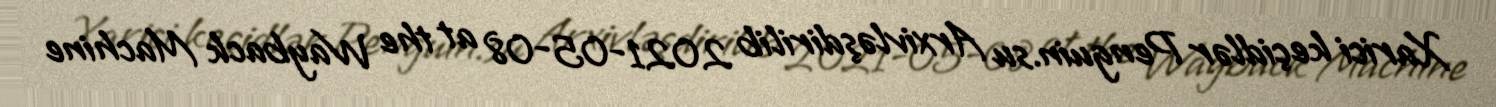
Xarici keçidlər Penguin.su Arxivləşdirilib 2021-05-08 at the Wayback Machine